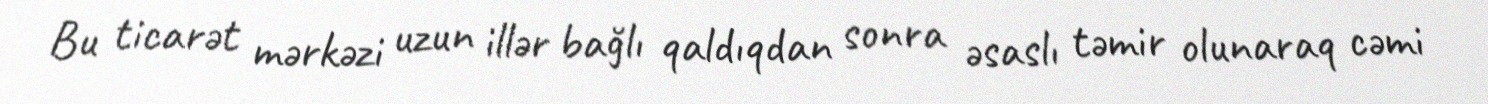
Bu ticarət mərkəzi uzun illər bağlı qaldıqdan sonra əsaslı təmir olunaraq cəmi